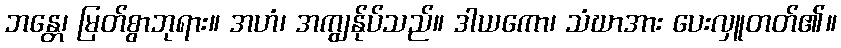
ဘန္တေ၊ မြတ်စွာဘုရား။ အဟံ၊ အကျွန်ုပ်သည်။ ဒါယကော၊ သံဃာအား ပေးလှူတတ်၏။